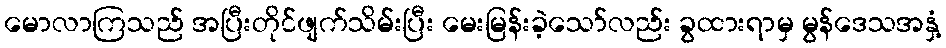
မောလာကြသည် အပြီးတိုင်ဖျက်သိမ်းပြီး မေးမြန်းခဲ့သော်လည်း ခွထားရာမှ မွန်ဒေသအနှံ့